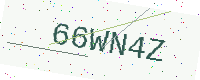
Text: 66WN4Z